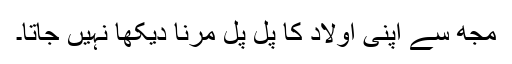
مجھ سے اپنی اولاد کا پل پل مرنا دیکھا نہیں جاتا۔